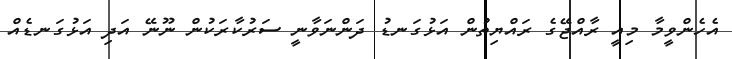
އެހެންވީމާ މިއީ ރާއްޖޭގެ ރައްޔިތުން އަޅުގަނޑު ދަންނަވާނީ ސަރުކާރަކުން ނޫނޭ އަދި އަޅުގަނޑެއް